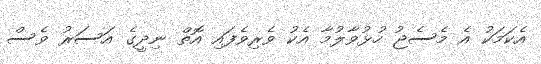
އެކަމަކު އެ މެސެޖު ހުޅުވާލުމާ އެކު ވެރިވެފައި އޮތް ނިދީގެ އަސަރު ވެސް